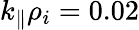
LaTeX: k_{\parallel}\rho_{i}=0.02